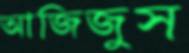
আজিজুস